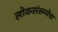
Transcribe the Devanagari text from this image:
लोकसंख्य्चेचा